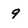
Character: 9